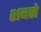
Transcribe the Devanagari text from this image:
शबसे